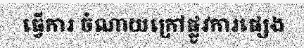
ធ្វើការ ចំណាយក្រៅផ្លូវការផ្សេង